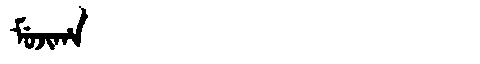
Manchu: ᠮᡠᠵᡳᡥᠠ
Romanization: MUJIHA